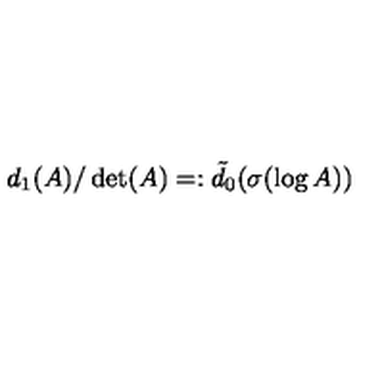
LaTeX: d _ { 1 } ( A ) / \det ( A ) = : \tilde { d } _ { 0 } ( \sigma ( \log A ) )